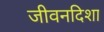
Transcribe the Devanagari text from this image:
जीवनदिशा